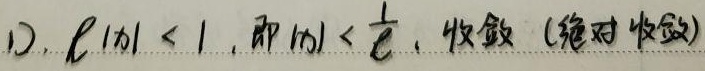
1). $\ell|x| < 1$, 即$|x| < \frac{1}{\ell}$, 收敛 (绝对收敛)